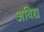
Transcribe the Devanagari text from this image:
अविद्य